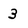
Character: 3